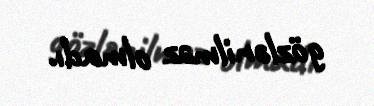
gözlənilməz olmadı.